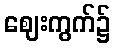
ဈေးကွက်၌